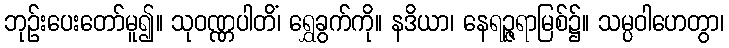
ဘုဉ်းပေးတော်မူ၍။ သုဝဏ္ဏပါတိံ၊ ရွှေခွက်ကို။ နဒိယာ၊ နေရဉ္ဇရာမြစ်၌။ သမ္ပဝါဟေတွာ၊